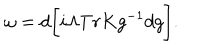
{ \omega } = d \bigg [ i { \Lambda } T r K g ^ { - 1 } d g \bigg ] .